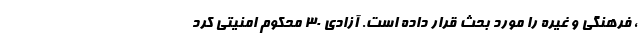
، فرهنگی و غیره را مورد بحث قرار داده است. آزادی ۳۰ محکوم امنیتی کُرد